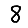
Digit: 8